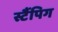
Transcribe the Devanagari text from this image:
स्टैंपिग